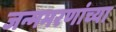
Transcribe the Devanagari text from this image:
जन्ममरणांच्या